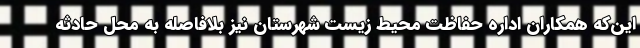
این‌که همکاران اداره حفاظت محیط زیست شهرستان نیز بلافاصله به محل حادثه